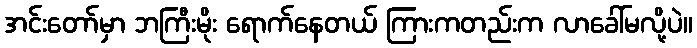
အင်းတော်မှာ ဘကြီးမိုး ရောက်နေတယ် ကြားကတည်းက လာခေါ်မလို့ပဲ။